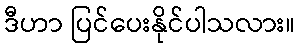
ဒီဟာ ပြင်ပေးနိုင်ပါသလား။